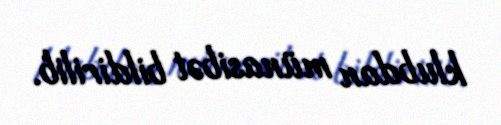
klubdan münasibət bildirilib.